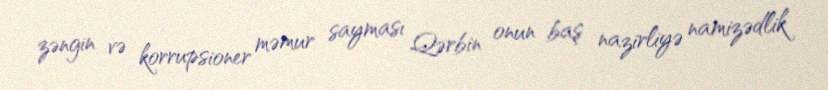
zəngin və korrupsioner məmur sayması Qərbin onun baş nazirliyə namizədlik